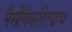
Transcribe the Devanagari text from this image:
नैर्सगिकरित्याच